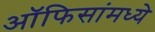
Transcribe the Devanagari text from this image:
ऑफिसांमध्ये